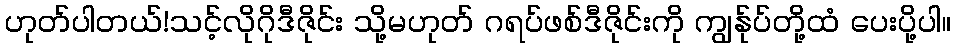
ဟုတ်ပါတယ်!သင့်လိုဂိုဒီဇိုင်း သို့မဟုတ် ဂရပ်ဖစ်ဒီဇိုင်းကို ကျွန်ုပ်တို့ထံ ပေးပို့ပါ။